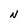
Character: N